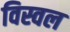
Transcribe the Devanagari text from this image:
विस्वल